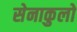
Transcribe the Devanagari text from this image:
सेनाकुलो